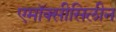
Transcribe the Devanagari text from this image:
एमॉक्सीसिलीन